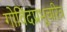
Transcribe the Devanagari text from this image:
गोविंदप्रभूचरित्र